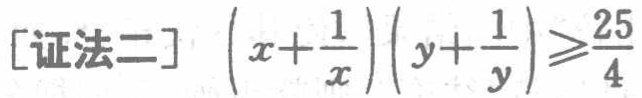
[证法二] \(\left(x+\frac{1}{x}\right)\left(y+\frac{1}{y}\right)\geqslant\frac{25}{4}\)